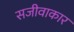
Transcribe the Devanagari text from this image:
सजीवाकार